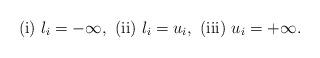
LaTeX: \begin{align*}{\rm(i)}~ l_i=-\infty, ~{\rm(ii)}~ l_i=u_i, ~{\rm(iii)}~ u_i=+\infty. \end{align*}